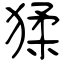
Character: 猱